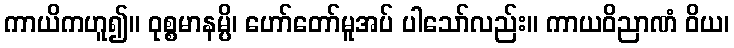
ကာယိကဟူ၍။ ဝုစ္စမာနမ္ပိ၊ ဟော်တော်မူအပ် ပါသော်လည်း။ ကာယဝိညာဏံ ဝိယ၊